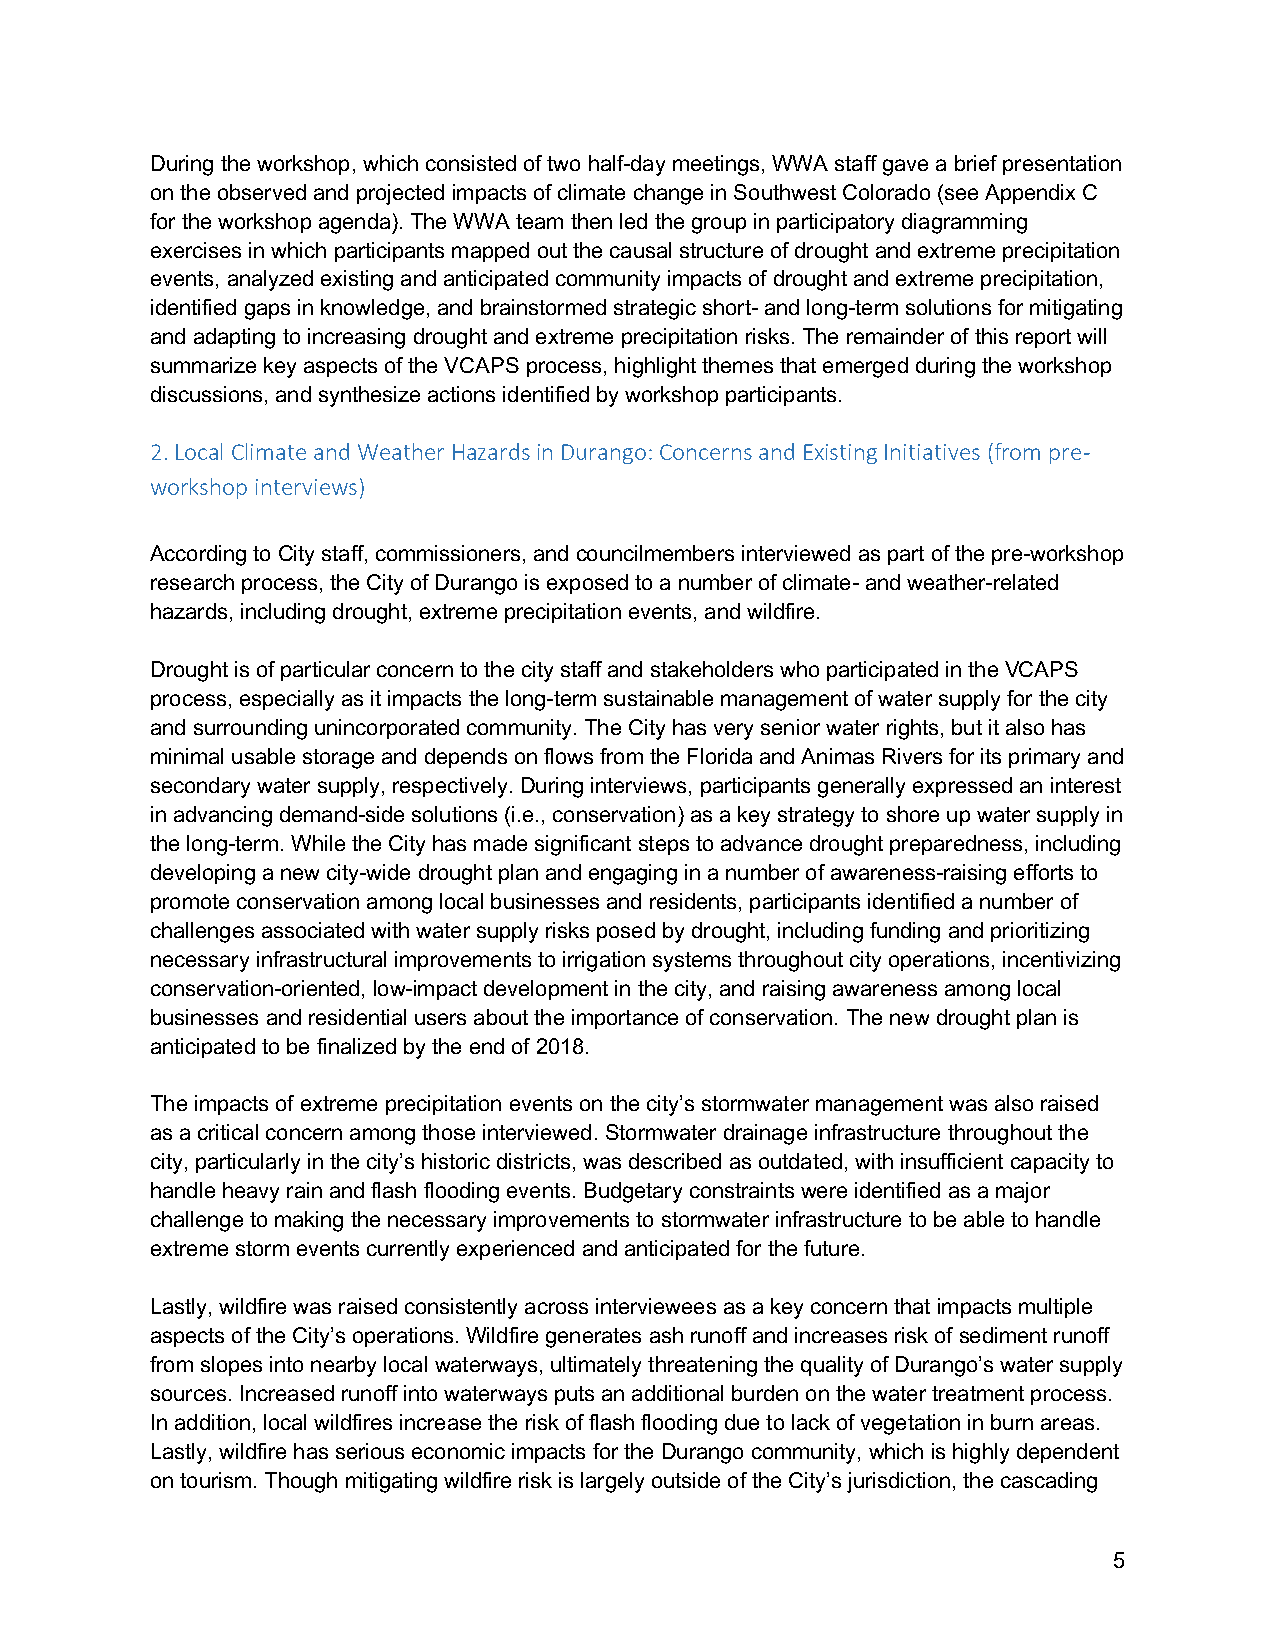
During the workshop, which consisted of two half-day meetings, WWA staff gave a brief presentation
 on the observed and projected impacts of climate change in Southwest Colorado (see Appendix C
 for the workshop agenda). The WWA team then led the group in participatory diagramming
 exercises in which participants mapped out the causal structure of drought and extreme precipitation
 events, analyzed existing and anticipated community impacts of drought and extreme precipitation,
 identified gaps in knowledge, and brainstormed strategic short- and long-term solutions for mitigating
 and adapting to increasing drought and extreme precipitation risks. The remainder of this report will
 summarize key aspects of the VCAPS process, highlight themes that emerged during the workshop
 discussions, and synthesize actions identified by workshop participants.
 2. Local Climate and Weather Hazards in Durango: Concerns and Existing Initiatives (from pre-
 workshop interviews)
 According to City staff, commissioners, and councilmembers interviewed as part of the pre-workshop
 research process, the City of Durango is exposed to a number of climate- and weather-related
 hazards, including drought, extreme precipitation events, and wildfire.
 Drought is of particular concern to the city staff and stakeholders who participated in the VCAPS
 process, especially as it impacts the long-term sustainable management of water supply for the city
 and surrounding unincorporated community. The City has very senior water rights, but it also has
 minimal usable storage and depends on flows from the Florida and Animas Rivers for its primary and
 secondary water supply, respectively. During interviews, participants generally expressed an interest
 in advancing demand-side solutions (i.e., conservation) as a key strategy to shore up water supply in
 the long-term. While the City has made significant steps to advance drought preparedness, including
 developing a new city-wide drought plan and engaging in a number of awareness-raising efforts to
 promote conservation among local businesses and residents, participants identified a number of
 challenges associated with water supply risks posed by drought, including funding and prioritizing
 necessary infrastructural improvements to irrigation systems throughout city operations, incentivizing
 conservation-oriented, low-impact development in the city, and raising awareness among local
 businesses and residential users about the importance of conservation. The new drought plan is
 anticipated to be finalized by the end of 2018.
 The impacts of extreme precipitation events on the city’s stormwater management was also raised
 as a critical concern among those interviewed. Stormwater drainage infrastructure throughout the
 city, particularly in the city’s historic districts, was described as outdated, with insufficient capacity to
 handle heavy rain and flash flooding events. Budgetary constraints were identified as a major
 challenge to making the necessary improvements to stormwater infrastructure to be able to handle
 extreme storm events currently experienced and anticipated for the future.
 Lastly, wildfire was raised consistently across interviewees as a key concern that impacts multiple
 aspects of the City’s operations. Wildfire generates ash runoff and increases risk of sediment runoff
 from slopes into nearby local waterways, ultimately threatening the quality of Durango’s water supply
 sources. Increased runoff into waterways puts an additional burden on the water treatment process.
 In addition, local wildfires increase the risk of flash flooding due to lack of vegetation in burn areas.
 Lastly, wildfire has serious economic impacts for the Durango community, which is highly dependent
 on tourism. Though mitigating wildfire risk is largely outside of the City’s jurisdiction, the cascading
 5